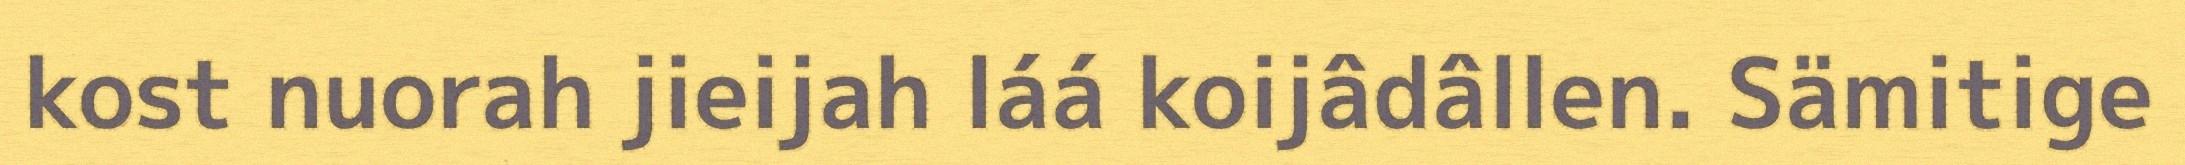
kost nuorah jieijah láá koijâdâllen. Sämitige